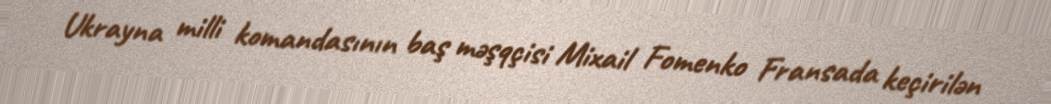
Ukrayna milli komandasının baş məşqçisi Mixail Fomenko Fransada keçirilən